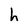
Character: h